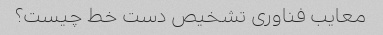
معایب فناوری تشخیص دست خط چیست؟